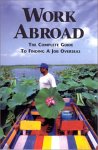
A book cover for Work Abroad: The Complete Guide to Finding a Job Overseas; Business & Money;